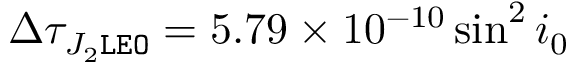
\Delta \tau _ { J _ { 2 } \tt L E O } = 5 . 7 9 \times 1 0 ^ { - 1 0 } \sin ^ { 2 } i _ { 0 }